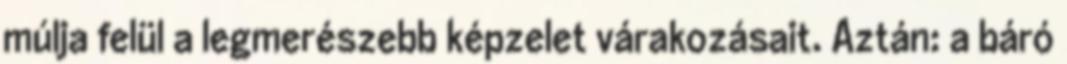
múlja felül a legmerészebb képzelet várakozásait. Aztán: a báró